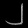
Digit: ၂